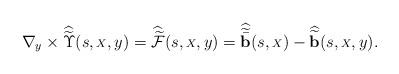
LaTeX: \begin{align*}\nabla_y \times \widehat{\widetilde{\Upsilon}}(s, {\scriptstyle X}, y)= \widehat{\widetilde{\mathcal{F}}}(s, {\scriptstyle X}, y)= \widehat{\widetilde{\bar{\bf b}}}(s, {\scriptstyle X})- \widehat{\widetilde{\bf b}}(s, {\scriptstyle X}, y).\end{align*}